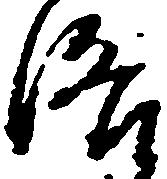
洛